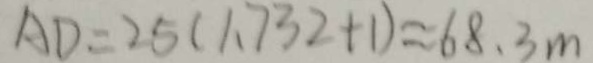
A D = 2 5 ( 1 . 7 3 2 + 1 ) \approx 6 8 . 3 m